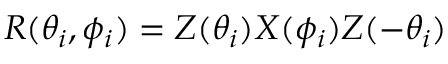
R ( \theta _ { i } , \phi _ { i } ) = Z ( \theta _ { i } ) X ( \phi _ { i } ) Z ( - \theta _ { i } )